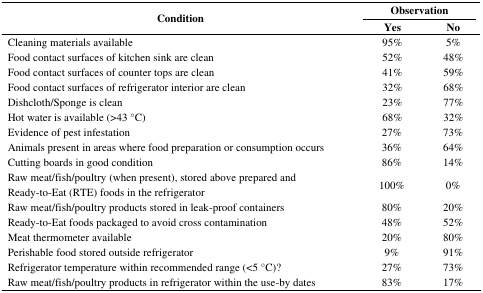
| <ROWSPAN=2> Condition | <COLSPAN=2> Observation |
 | Yes | No |
 | --- | --- | --- |
 | Cleaning materials available | 95% | 5% |
 | Food contact surfaces of kitchen sink are clean | 52% | 48% |
 | Food contact surfaces of counter tops are clean | 41% | 59% |
 | Food contact surfaces of refrigerator interior are clean | 32% | 68% |
 | Dishcloth/Sponge is clean | 23% | 77% |
 | Hot water is available (>43 °C) | 68% | 32% |
 | Evidence of pest infestation | 27% | 73% |
 | Animals present in areas where food preparation or consumption occurs | 36% | 64% |
 | Cutting boards in good condition | 86% | 14% |
 | Raw meat/fish/poultry (when present), stored above prepared and Ready-to-Eat (RTE) foods in the refrigerator | 100% | 0% |
 | Raw meat/fish/poultry products stored in leak-proof containers | 80% | 20% |
 | Ready-to-Eat foods packaged to avoid cross contamination | 48% | 52% |
 | Meat thermometer available | 20% | 80% |
 | Perishable food stored outside refrigerator | 9% | 91% |
 | Refrigerator temperature within recommended range (<5 °C)? | 27% | 73% |
 | Raw meat/fish/poultry products in refrigerator within the use-by dates | 83% | 17% |